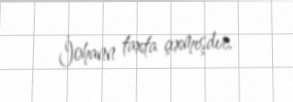
İohann taxta çıxmışdır.